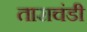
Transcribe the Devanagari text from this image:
ताराचंडी